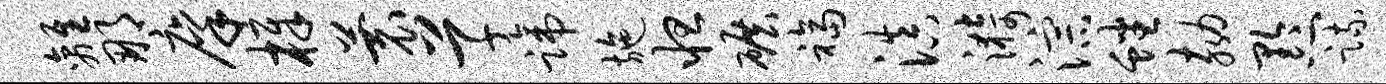
离那廪樟蓑草蹄施怛碾福滇漪淙蟠劾黔疏